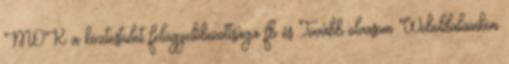
MOK a köztestület felügyelőbizottsága fb és Tovább olvasom Weboldalainkon